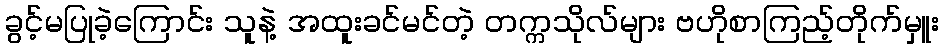
ခွင့်မပြုခဲ့ကြောင်း သူနဲ့ အထူးခင်မင်တဲ့ တက္ကသိုလ်များ ဗဟိုစာကြည့်တိုက်မှူး